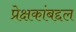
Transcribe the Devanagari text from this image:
प्रेक्षकांबद्दल